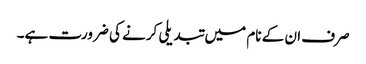
صرف ان کے نام میں تبدیلی کرنے کی ضرورت ہے۔